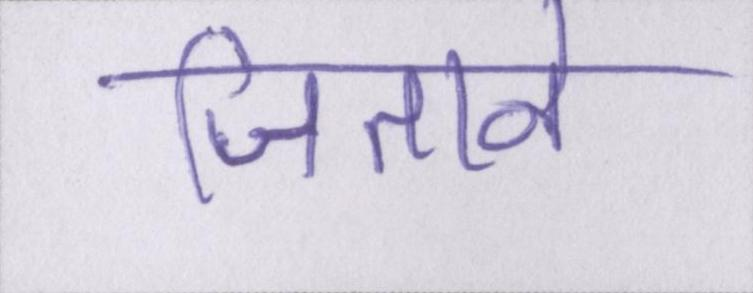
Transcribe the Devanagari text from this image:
जिताने